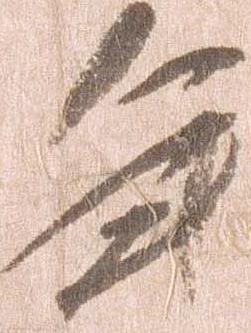
年